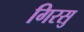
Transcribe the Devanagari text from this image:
गिरसु